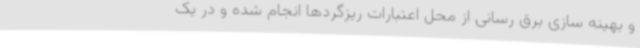
و بهینه سازی برق رسانی از محل اعتبارات ریزگردها انجام شده و در یک